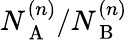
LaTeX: N_{\mathrm{~A~}}^{(n)}/N_{\mathrm{~B~}}^{(n)}